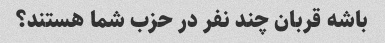
باشه قربان چند نفر در حزب شما هستند؟